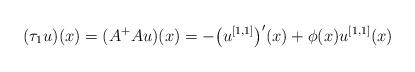
LaTeX: \begin{align*}(\tau_1 u)(x) = (A^+ A u)(x) = - \big(u^{[1,1]}\big)'(x) + \phi(x) u^{[1,1]} (x) \end{align*}